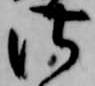
仕